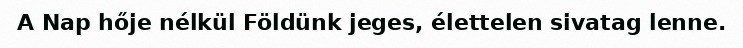
A Nap hője nélkül Földünk jeges, élettelen sivatag lenne.